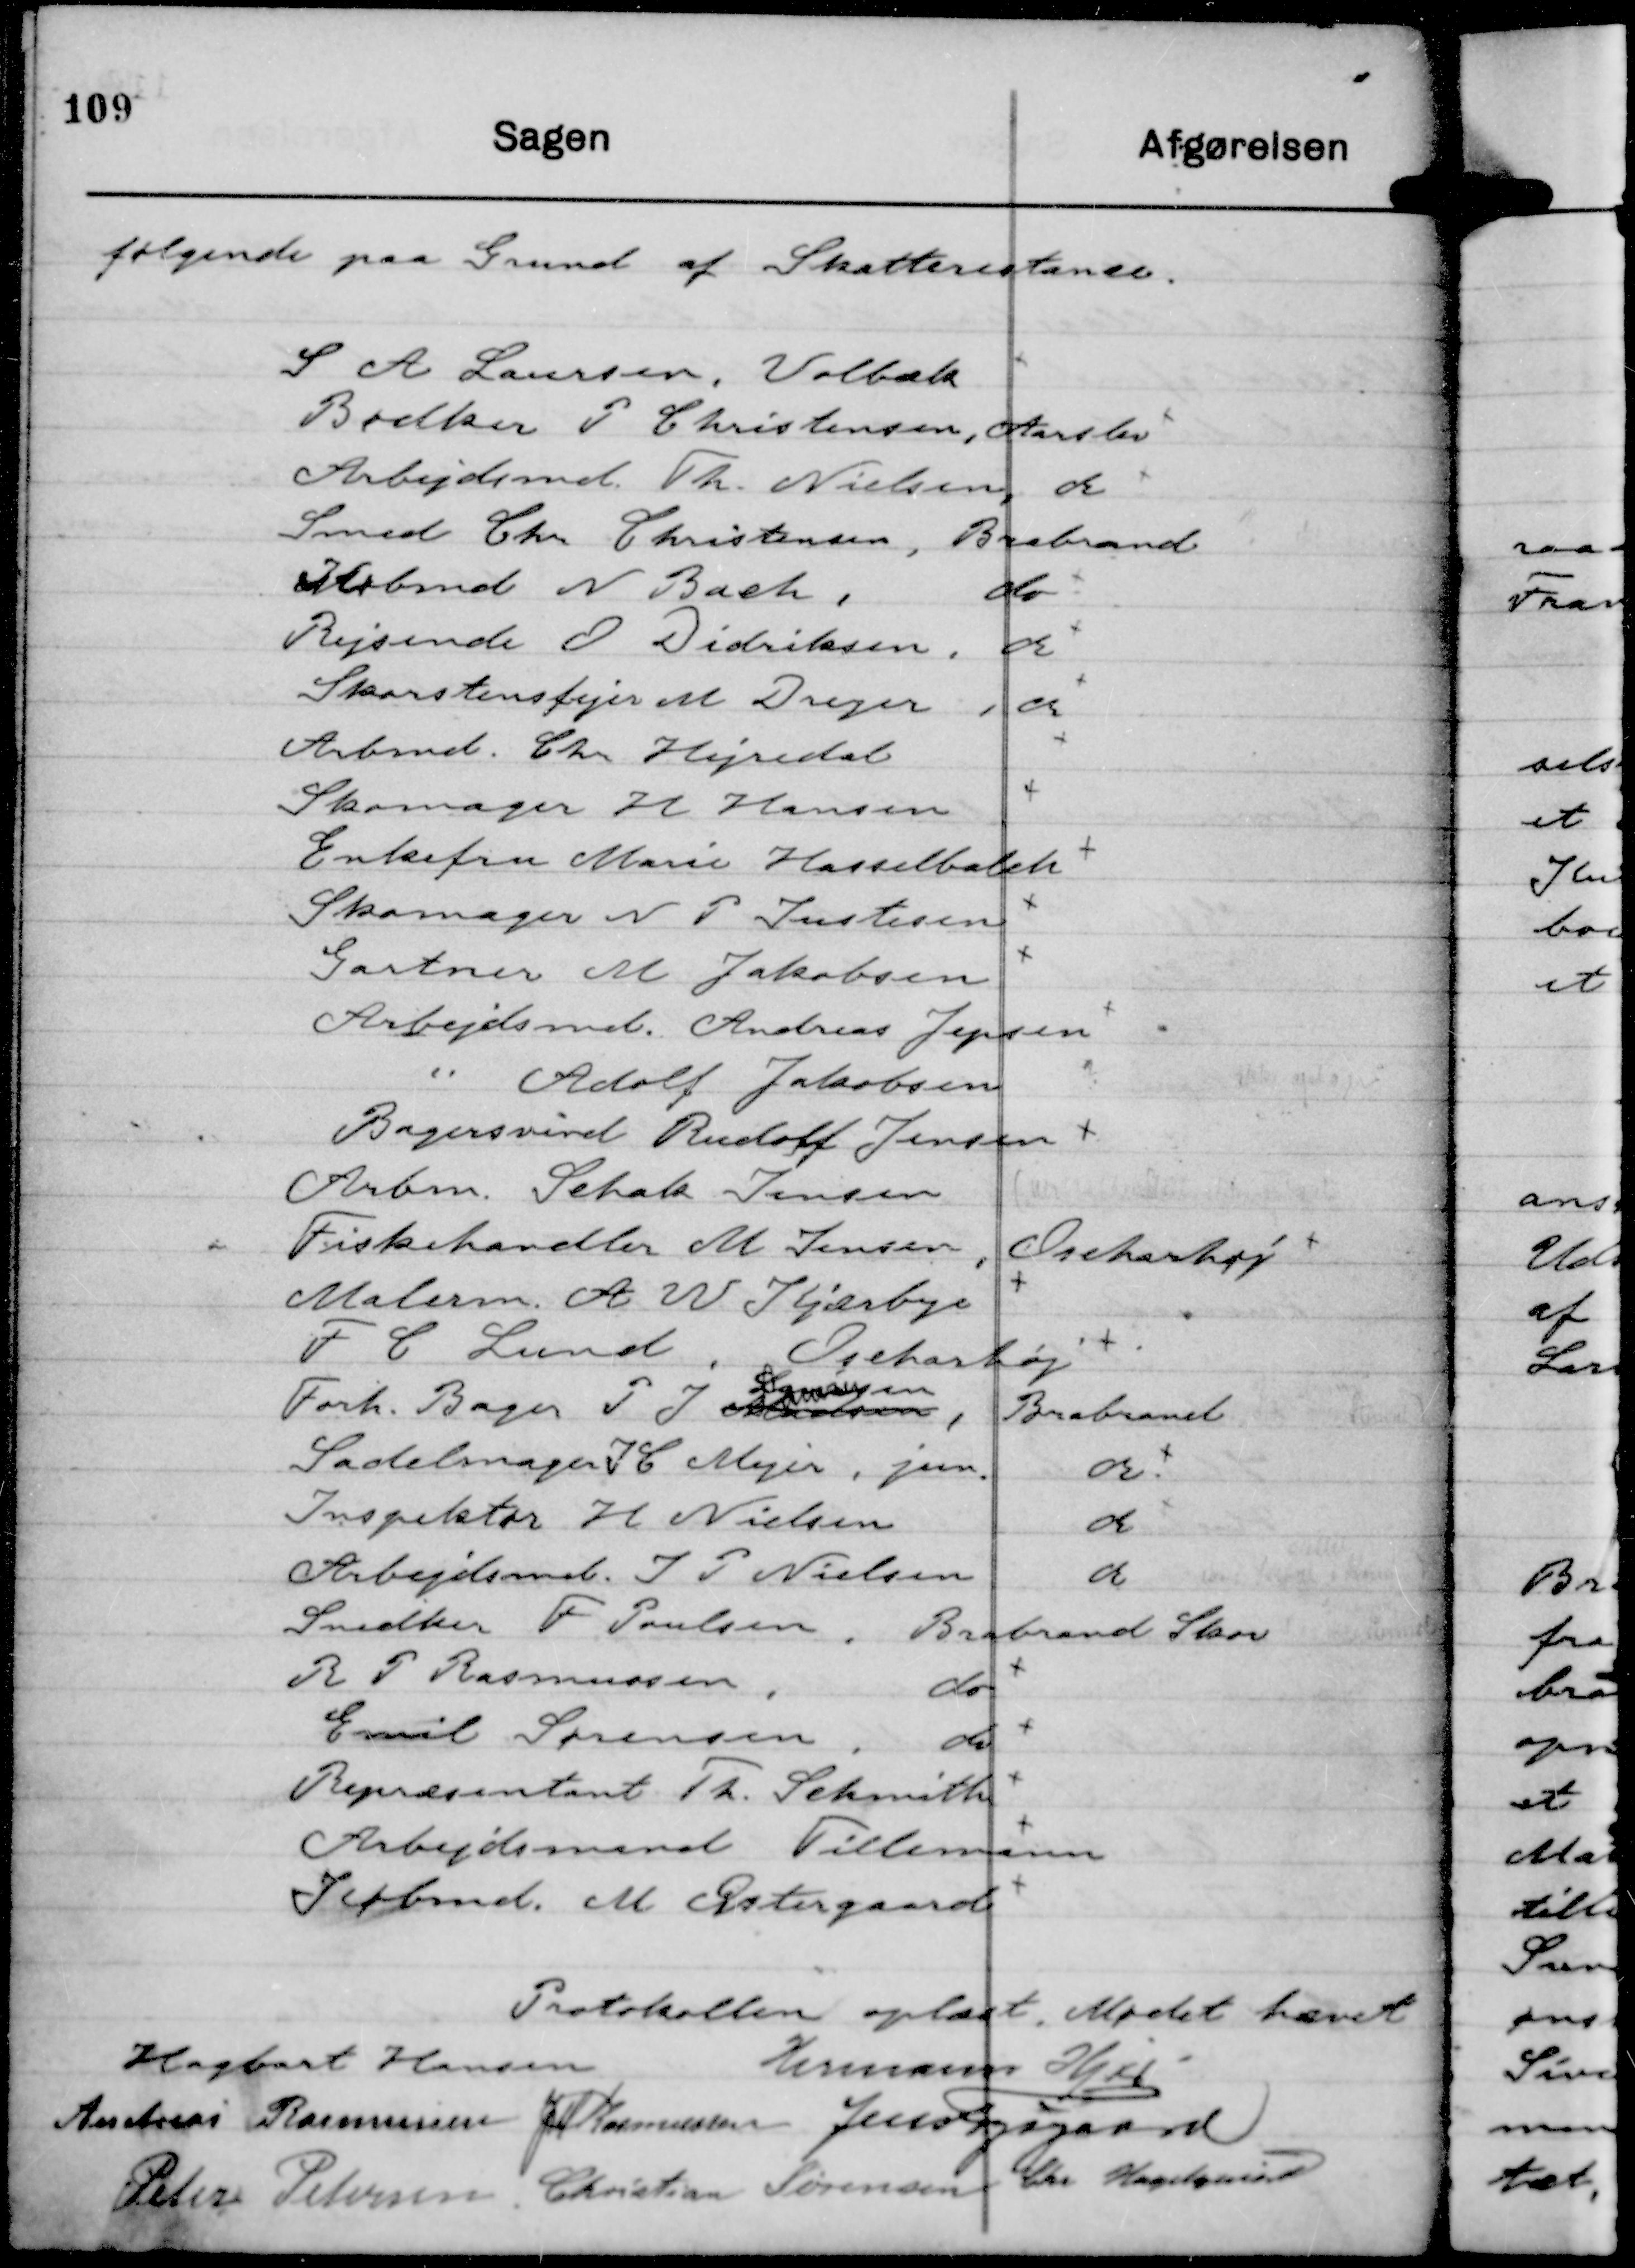
Transskription:
følgende paa Grund af Skatterestance.

Protokollen oplæst, Mødet hævet
Hagbart Hansen
Hermann Kjær
Andreas Rasmussen
JM Rasmussen
Jens Fogsgaard
Peter Petersen
Christian Sørensen
Chr Hagelquist